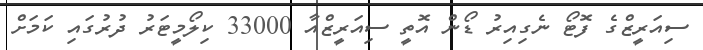
ސިއަރީޒްގެ ފޮޓޯ ނެގިއިރު ޑޯން އޮތީ ސިއަރީޒްއާ 33000 ކިލޯމީޓަރު ދުރުގައި ކަމަށް